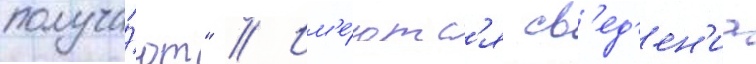
получа́ют" // Им'е́ютс'я св'ед'ен'иа